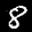
Label: 8